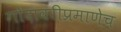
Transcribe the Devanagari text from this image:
गोदावरीप्रमाणेच